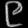
Digit: ၉